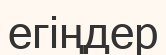
егіңдер